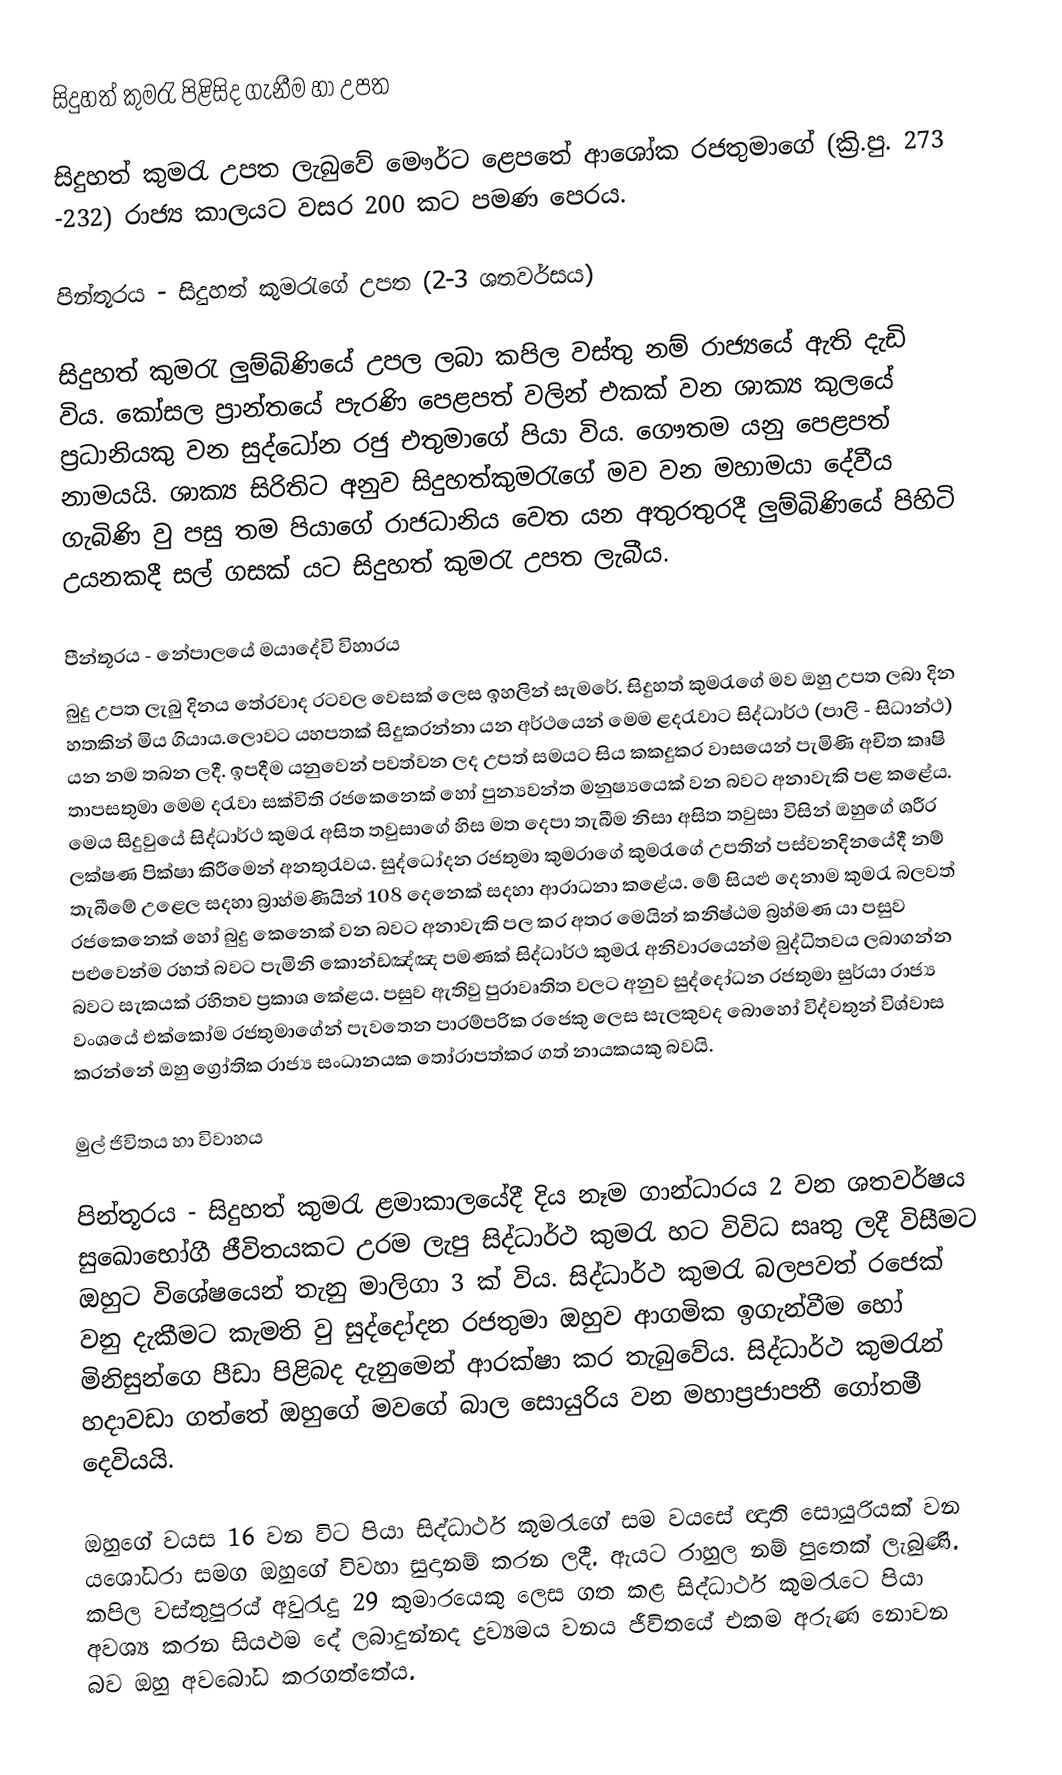
සිදුහත් කුමරැ පිළිසිද ගැනීම හා උපත

සිදුහත් කුමරැ උපත ලැබුවේ මෞර්ට ළෙපතේ ආශෝක රජතුම‍ාගේ (ක්‍රි.පු. 273 -232) රාජ්‍ය කාලයට වසර 200 ක‍ට පමණ පෙරය.

පින්තූරය - සිදුහත් කුමරැගේ උපත (2-3 ශතවර්සය)

සිදුහත් කුමරැ ලුම්බිණියේ උපල ලබා කපිල වස්තු නම් රාජ්‍යයේ ඇති දැඩි විය. කෝසල ප්‍රාන්තයේ පැරණි පෙළපත් වලින් එකක් වන ශාක්‍ය කුලයේ ප්‍රධානියකු වන සුද්ධෝන රජු එතුමාගේ පියා විය. ගෞතම යනු පෙළපත් නාමයයි. ශාක්‍ය සිරිතිට අනුව සිදුහත්කුමරැගේ මව වන මහාමයා දේවීය ගැබිණි වු පසු තම පියාගේ රාජධානිය වෙත යන අතුරතුරදී ලුම්බිණියේ පිහිටි උයනකදී සල් ගසක් යට සිදුහත් කුමරැ උපත ලැබීය.

පීන්තූරය - නේපාලයේ මයාදේවි විහාරය
බුදු උපත ලැබු දිනය තේරවාද රටවල වෙසක් ලෙස ඉහලින් සැමරේ. සිදුහත් කුමරැගේ මව ඔහු උපත ලබා දින හතකින් මිය ගියාය.ලොවට යහපතක් සිදුකරන්නා යන අර්ථයෙන් මෙම ළදරැවාට සිද්ධාර්ථ (පාලි - සිධාන්ථ) යන නම තබන ලදී. ඉපදීම යනුවෙන් පවත්වන ලද උපත් සමයට සිය කකදුකර වාසයෙන් පැමිණි අචිත කෘෂි තාපසතුමා මෙම දරැවා සක්විති රජකෙනෙක් හෝ පුන්‍යවන්ත මනුෂ්‍යයෙක් වන බවට අනාවැකි පළ ‍කළේය.  මෙය සිදුවුයේ සිද්ධාර්ථ කුමරැ අසිත තවුසාගේ හිස මත දෙපා තැබීම නිසා අසිත තවුසා විසින් ඔහුගේ ශරීර ලක්ෂණ පික්ෂා කිරීමෙන් අනතුරැවය. සුද්ධෝදන රජතුමා‍ කුමරාගේ කුමරැගේ උපතින් පස්වනදිනයේදී නම් තැබීමේ උළෙල සදහා බ්‍රාහ්මණියින් 108 දෙනෙක් සදහා ආරාධනා කළේය. මේ සියළු දෙනාම කුමරැ බලවත් රජකෙනෙක් හෝ බුදු කෙනෙක් වන බවට අනාවැකි පල කර අතර මෙයින් කනිෂ්ඨම බ්‍රහ්මණ යා පසුව පළුවෙන්ම රහත් බවට පැමිනි කොන්ඩඤ්ඤ පමණක් සිද්ධාර්ථ කුමරැ අනිවාරයෙන්ම බුද්ධිතවය ලබාගන්න බවට සැකයක් රහිතව ප්‍රකාශ කේළය. පසුව ඇතිවු පුරාවෘතිත වලට අනුව සුද්දෝධන රජතුමා සුර්යා රාජ්‍ය වංශයේ එක්කෝම රජතුමාගේන් පැවතෙන පාරම්පරික රජෙකු ලෙස සැලකුවද‍ බොහෝ විද්වතුන් විශ්වාස කරන්නේ ඔහු ග්‍රෝතික රාජ්‍ය සංධානයක තෝරාපත්කර ගත් නායකයකු බවයි.

මුල් ජිවිතය හා විවාහය

පින්තූරය - සිදුහත් කුමරැ ළමාකාලයේදී දිය නෑම ගාන්ධාරය 2 වන ශතවර්ෂය සුඛොභෝගී ජීවිතයකට උරම ලැපු සිද්ධාර්ථ කුමරැ හට විවිධ සෘතු ලදී විසීමට ඔහුට විශේෂයෙන් තැනු මාලිගා 3 ක් විය. සිද්ධාර්ථ කුමරැ බලපවත් ර‍ජෙක් වනු දැකීමට කැමති වු සුද්දෝදන රජතුමා ඔහුව ආගමික ඉගැන්වීම හෝ මිනිසුන්ගෙ පීඩා පිළිබද දැනුමෙන් ආරක්ෂා කර තැබුවේය. සිද්ධාර්ථ කුමරැන් හදාවඩා ගත්තේ ඔහුගේ මවගේ බාල සොයුරිය වන මහාප්‍රජාපතී  ගෝතමී දෙවියයි.

ඔහුගේ වයස 16 වන විට පියා සිද්ධාර්ථ කුමරැගේ සම වයසේ ඥාති සොයුරියක් වන යශෝධරා සමග ඔහුගේ විවහා සුදානම් කරන ලදී. ඇයට රාහුල නම් පුතෙක් ලැබුණි. කපිල වස්තුපුරය් අවුරැදු 29 කුමාරයෙකු ලෙස ගත කළ සිද්ධාර්ථ කුමරැටෙ පියා අවශ්‍ය කරන සියළුම දේ ලබාදුන්නද ද්‍රව්‍යමය වනය ජීවිතයේ එකම අරුණ නොවන බව ඔහු අවබෝධ කරගත්තේය.